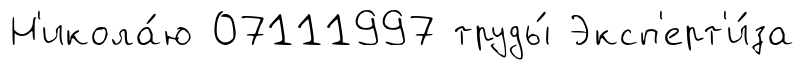
Н'икола́ю 07111997 труды́ Эксп'ерт'и́за